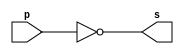
// -------------------------
// Exemplo0002 - NOT
// Nome: Milton costa teles da silva
// -------------------------
// -------------------------
// -- not gate
// -------------------------
module notgate (output s,input p);
  assign s = ~p;
endmodule // notgate
// -------------------------
// -- test not gate
// -------------------------
module testnotgate;
// ------------------------- dados locais
  reg a; // definir registrador
// (variavel independente)
  wire s; // definir conexao (fio)
// (variavel dependente )
// ------------------------- instancia
  notgate NOT1 (s, a);
// ------------------------- preparacao
 initial begin:start
   a=0; // valor inicial
end
// ------------------------- parte principal
  initial begin
    $display("Exemplo0002 -Nome: Milton costa teles da silva - Matricula: 002751");
    $display("Test NOT gate");
    $display("\n~a = s\n");
    a=0;
    #1 $display("~%b = %b", a, s);
    a=1;
    #1 $display("~%b = %b", a, s);
end
endmodule // testnotgate